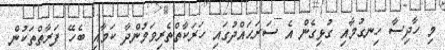
މި ހާދިސާ ހިނގުމާއި ގުޅިގެން އެ ސަރަޙައްދުގައި ހަރަކާތްތެރިވަމުންދާ ކަމާއި ބެހޭ ފަރާތްތަކުން